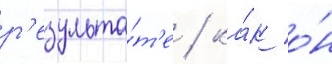
р'езульта́т'е / ка́к о́н